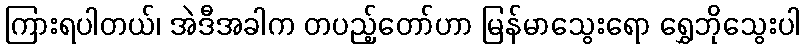
ကြားရပါတယ်၊ အဲဒီအခါက တပည့်တော်ဟာ မြန်မာသွေးရော ရွှေဘိုသွေးပါ